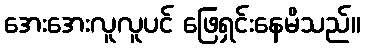
အေးအေးလူလူပင် ဖြေရှင်းနေမိသည်။